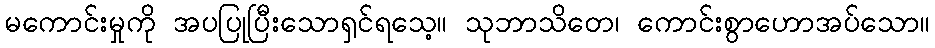
မကောင်းမှုကို အပပြုပြီးသောရှင်ရသေ့။ သုဘာသိတေ၊ ကောင်းစွာဟောအပ်သော။